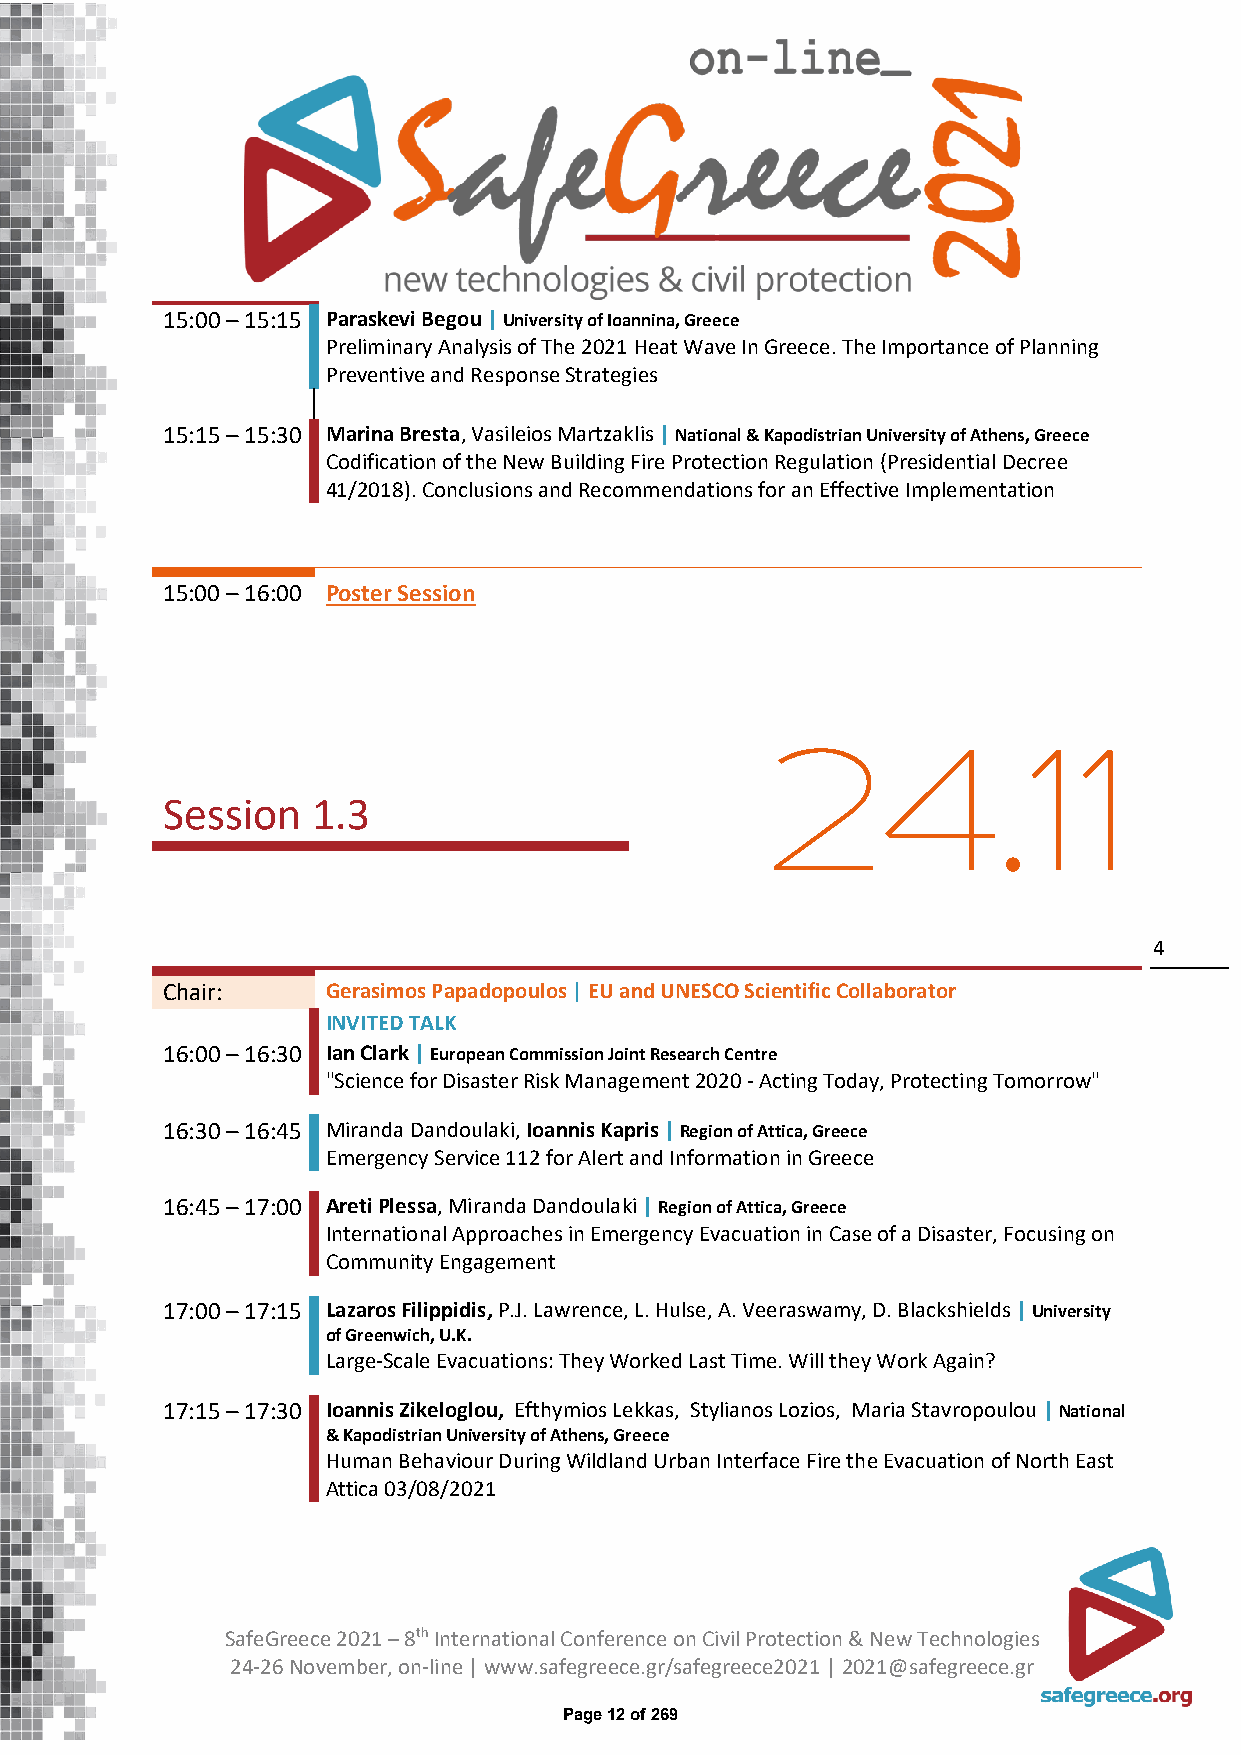
15:00 – 15:15 Paraskevi Begou | University of Ioannina, Greece
 Preliminary Analysis of The 2021 Heat Wave In Greece. The Importance of Planning
 Preventive and Response Strategies
 15:15 – 15:30 Marina Bresta, Vasileios Martzaklis | National & Kapodistrian University of Athens, Greece
 Codification of the New Building Fire Protection Regulation (Presidential Decree
 41/2018). Conclusions and Recommendations for an Effective Implementation
 15:00 – 16:00 Poster Session
 24.11
 Session   1.3
 4
 Chair:     Gerasimos Papadopoulos | EU and UNESCO Scientific Collaborator
 INVITED TALK
 16:00 – 16:30 Ian Clark | European Commission Joint Research Centre
 "Science for Disaster Risk Management 2020 - Acting Today, Protecting Tomorrow"
 16:30 – 16:45 Miranda Dandoulaki, Ioannis Kapris | Region of Attica, Greece
 Emergency Service 112 for Alert and Information in Greece
 16:45 – 17:00 Areti Plessa, Miranda Dandoulaki | Region of Attica, Greece
 International Approaches in Emergency Evacuation in Case of a Disaster, Focusing on
 Community Engagement
 17:00 – 17:15 Lazaros Filippidis, P.J. Lawrence, L. Hulse, A. Veeraswamy, D. Blackshields | University
 of Greenwich, U.K.
 Large-Scale Evacuations: They Worked Last Time. Will they Work Again?
 17:15 – 17:30 Ioannis Zikeloglou, Efthymios Lekkas, Stylianos Lozios, Maria Stavropoulou | National
 & Kapodistrian University of Athens, Greece
 Human Behaviour During Wildland Urban Interface Fire the Evacuation of North East
 Attica 03/08/2021
 SafeGreece 2021 – 8th International Conference on Civil Protection & New Technologies
 24-26 November, on-line | www.safegreece.gr/safegreece2021 | 2021@safegreece.gr
 Page 12 of 269